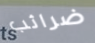
ضرائب